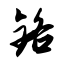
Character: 铬